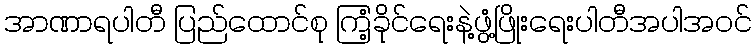
အာဏာရပါတီ ပြည်ထောင်စု ကြံ့ခိုင်ရေးနဲ့ဖွံ့ဖြိုးရေးပါတီအပါအဝင်